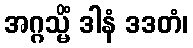
အဂ္ဂသ္မိံ ဒါနံ ဒဒတံ၊